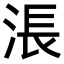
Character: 涱